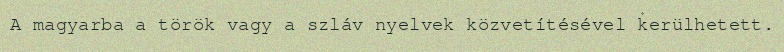
A magyarba a török vagy a szláv nyelvek közvetítésével kerülhetett.